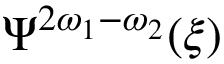
\Psi ^ { 2 \omega _ { 1 } - \omega _ { 2 } } ( \xi )